Report of the Municipal Commissioner on the plague in Bombay for the year ending 31st May... - Volume 3
Disease focus: Plague
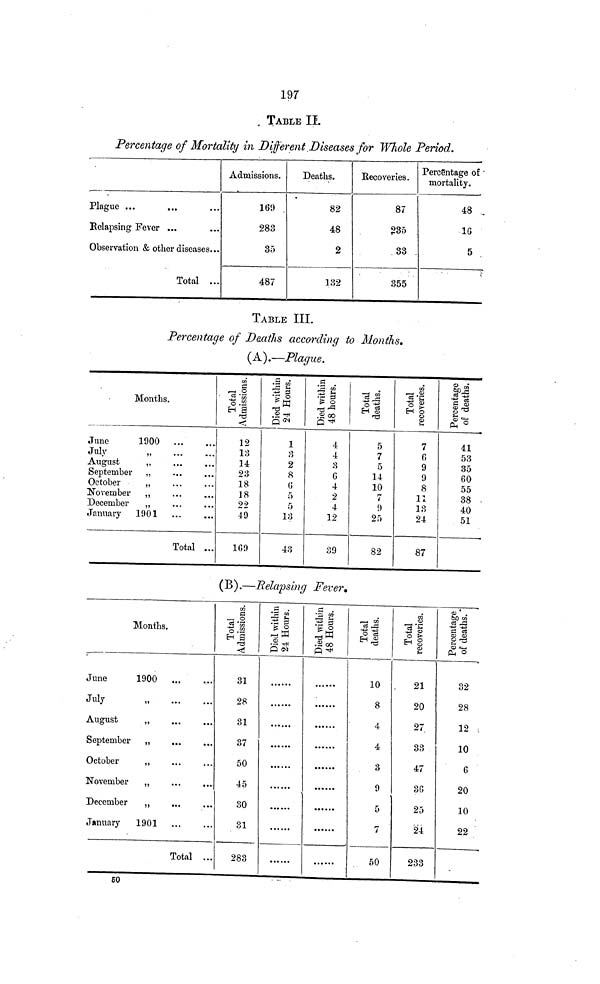
197
. TABLE II.
Percentage of Mortality in Different Diseases for Whole Period.
Plague ...
B elapsing Fever ...
Observation & other diseases...
Total ...
Admissions.
169
283
35
487
Deaths.
82
48
2
132
Recoveries.
87
235
33 .
355
Percentage of
mortality.
48
16
5
TABLE III.
Percentage of Deaths according to Months.
(A).—Plague.
Months.
June
1900
July
,
August
,
September ,
October
,
November ,
December
,
January 1901
Total ...
12
13
14
23
18
18
22
49
169
1
3
2
8
6
5
5
13
43
4
4
3
6
4
2
4
12
39
5
7
5
14
10
7
9
25
82
7
6
9
9
8
11
13
24
87
41
53
35
60
55
38
40
51
( B ).—Relapsing Fever*
Months.
June
1900
July
„
August
„
September „
October
„
November
„
December
,,
January
1901
Total ...
31
28
31
37
50
45
30
31
283
10
8
4
4
3
9
5
7
50
21
20
27
33
47
36
25
24
233
82
28
12
10
6
20
10
22
50